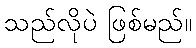
သည်လိုပဲ ဖြစ်မည်။